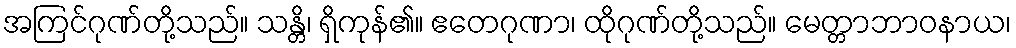
အကြင်ဂုဏ်တို့သည်။ သန္တိ၊ ရှိကုန်၏။ ဧတေဂုဏာ၊ ထိုဂုဏ်တို့သည်။ မေတ္တာဘာဝနာယ၊